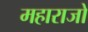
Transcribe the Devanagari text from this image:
महाराजो